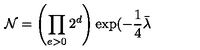
\mathcal { N } = \left( \prod _ { e > 0 } 2 ^ { d } \right) \exp ( - \frac { 1 } { 4 } \bar { \lambda }